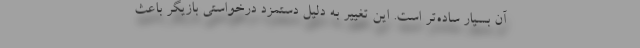
آن بسیار ساده‌تر است. این تغییر به دلیل دستمزد درخواستی بازیگر باعث